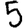
Digit: 5